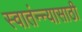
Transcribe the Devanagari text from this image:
स्वातंन्न्यासाठी